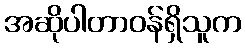
အဆိုပါတာဝန်ရှိသူက